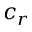
c _ { r }